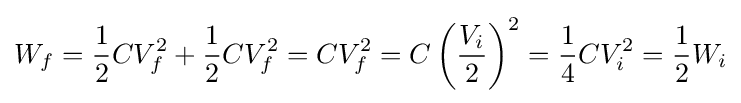
W_{f}={1 \over 2}CV_{f}^{2}+{1 \over 2}CV_{f}^{2}=CV_{f}^{2}=C\left({V_{i} \over 2}\right)^{2}={1 \over 4}CV_{i}^{2}={1 \over 2}W_{i}